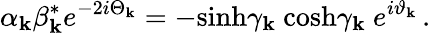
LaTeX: \alpha_{\mathbf k}\beta_{\mathbf k}^{\ast}e^{-2i\Theta_{\mathbf k}}=-\mathrm{sinh}\gamma_{\mathbf k}\ \mathrm{cosh}\gamma_{\mathbf k}\ e^{i\vartheta_{\mathbf k}}\, .